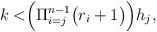
\begin{align*}k <& \Big( \Pi_{i=j}^{n-1} \big( r_i + 1\big) \Big) h_j ,\end{align*}